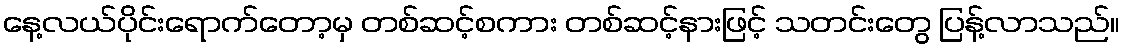
နေ့လယ်ပိုင်းရောက်တော့မှ တစ်ဆင့်စကား တစ်ဆင့်နားဖြင့် သတင်းတွေ ပြန့်လာသည်။